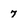
Character: 7